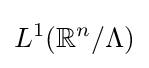
L^{1}(\mathbb {R} ^{n}/\Lambda )